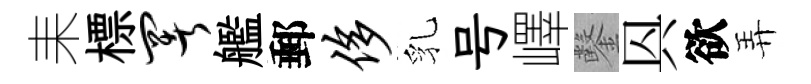
耒標署艦郵侈乳号嶧鑿㒷欲弄